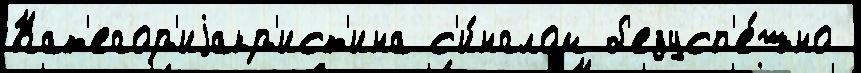
Кат'егор'иjакр'ист'ина с'и́нглом б'езусп'е́шно